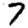
Digit: 7